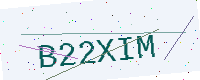
Text: B22XIM